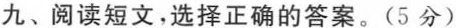
九、阅读短文，选择正确的答案。(5 分)